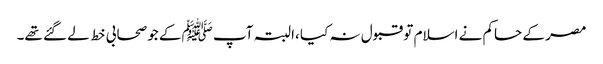
مصر کے حاکم نے اسلام تو قبول نہ کیا ،البتہ آپ ﷺکے جو صحابی خط لے گئے تھے۔